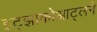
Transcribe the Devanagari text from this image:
इट्झाकोआट्लने